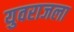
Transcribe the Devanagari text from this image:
युवराजला